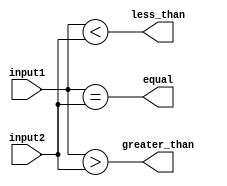
module comparator_64bit(
    input [63:0] input1,
    input [63:0] input2,
    output equal,
    output less_than,
    output greater_than
);

    assign equal = (input1 == input2);
    assign less_than = (input1 < input2);
    assign greater_than = (input1 > input2);

endmodule